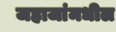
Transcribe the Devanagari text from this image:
जहाजांमधील